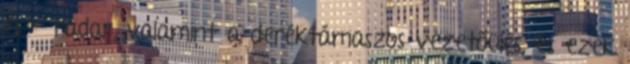
és - radar, valamint a deréktámaszos vezetőülés, és ezek